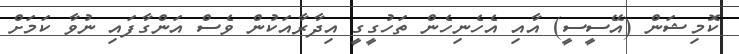
ކޮމިޝަން (އޭސީސީ) އާއި އެހެނިހެން ތަހުގީގީ އިދާރާއަކުން ވެސް އަންގާފައި ނުވާ ކަމަށް